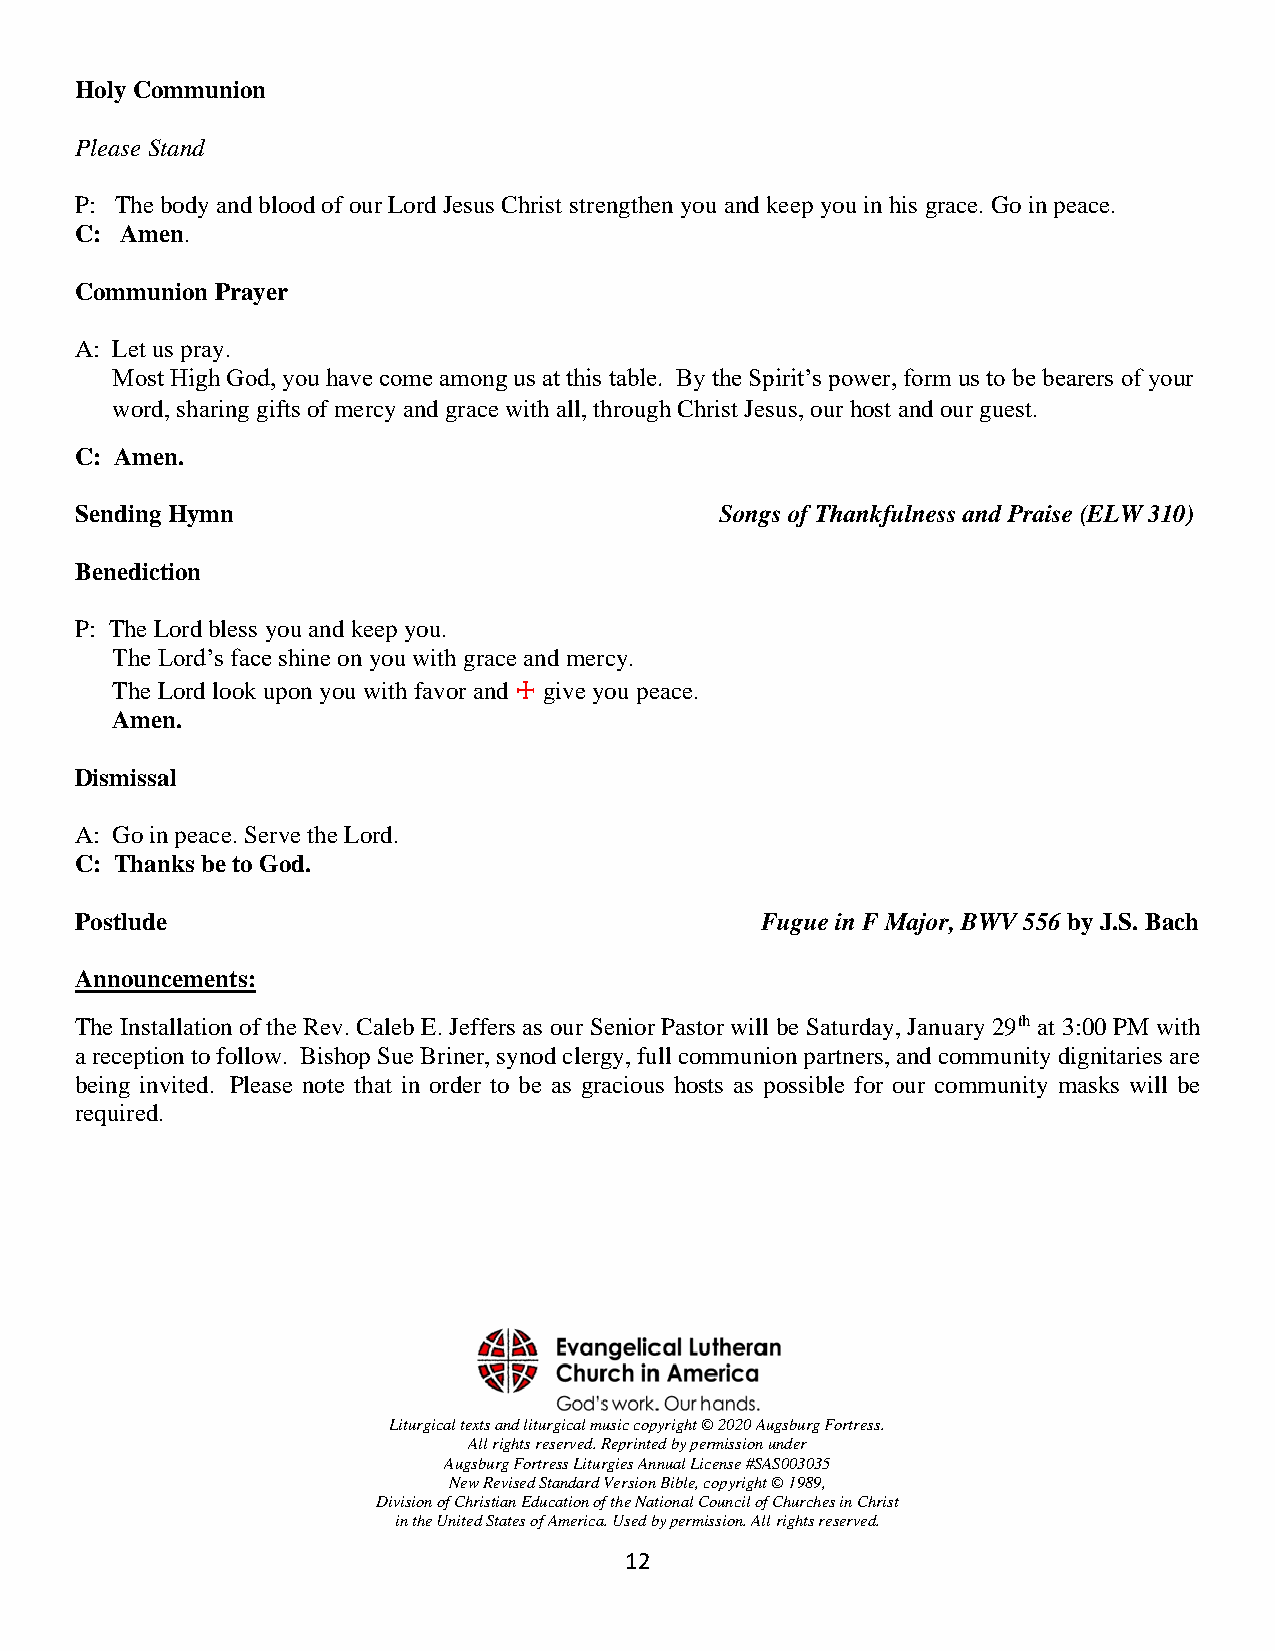
Holy Communion
 Please Stand
 P: The body and blood of our Lord Jesus Christ strengthen you and keep you in his grace. Go in peace.
 C: Amen.
 Communion Prayer
 A: Let us pray.
 Most High God, you have come among us at this table. By the Spirit’s power, form us to be bearers of your
 word, sharing gifts of mercy and grace with all, through Christ Jesus, our host and our guest.
 C: Amen.
 Sending Hymn                               Songs of Thankfulness and Praise (ELW 310)
 Benediction
 P: The Lord bless you and keep you.
 The Lord’s face shine on you with grace and mercy.
 The Lord look upon you with favor and ☩ give you peace.
 Amen.
 Dismissal
 A: Go in peace. Serve the Lord.
 C: Thanks be to God.
 Postlude                                     Fugue in F Major, BWV 556 by J.S. Bach
 Announcements:
 The Installation of the Rev. Caleb E. Jeffers as our Senior Pastor will be Saturday, January 29th at 3:00 PM with
 a reception to follow. Bishop Sue Briner, synod clergy, full communion partners, and community dignitaries are
 being invited. Please note that in order to be as gracious hosts as possible for our community masks will be
 required.
 Liturgical texts and liturgical music copyright © 2020 Augsburg Fortress.
 All rights reserved. Reprinted by permission under
 Augsburg Fortress Liturgies Annual License #SAS003035
 New Revised Standard Version Bible, copyright © 1989,
 Division of Christian Education of the National Council of Churches in Christ
 in the United States of America. Used by permission. All rights reserved.
 12